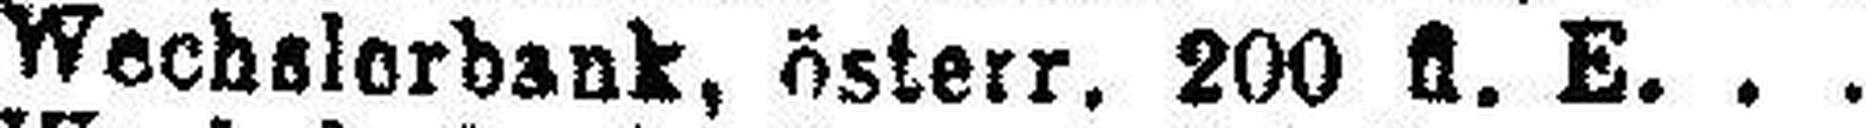
Wechslorbank, Österr. 200 fl. E.